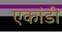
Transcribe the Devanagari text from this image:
एकांडी